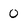
Character: 0